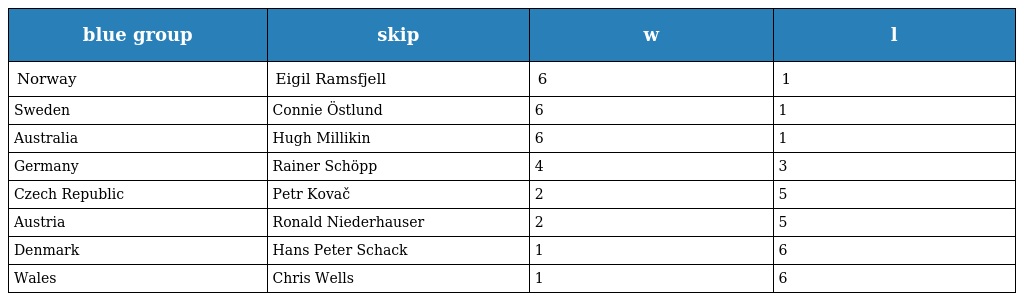
| blue group | skip | w | l |
 | --- | --- | --- | --- |
 | Norway | Eigil Ramsfjell | 6 | 1 |
 | Sweden | Connie Östlund | 6 | 1 |
 | Australia | Hugh Millikin | 6 | 1 |
 | Germany | Rainer Schöpp | 4 | 3 |
 | Czech Republic | Petr Kovač | 2 | 5 |
 | Austria | Ronald Niederhauser | 2 | 5 |
 | Denmark | Hans Peter Schack | 1 | 6 |
 | Wales | Chris Wells | 1 | 6 |